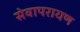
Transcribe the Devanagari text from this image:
सेवापरायण